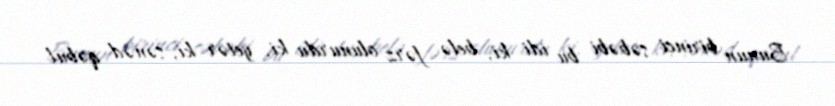
Bunun birinci səbəbi bu idi ki, belə fərz olunurdu ki, yetər ki, sənəd qəbul